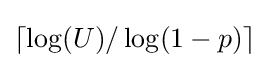
\lceil \log(U)/\log(1-p)\rceil